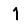
Digit: 1